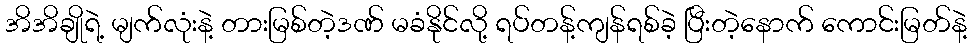
အိအိချိုရဲ့ မျက်လုံးနဲ့ တားမြစ်တဲ့ဒဏ် မခံနိုင်လို့ ရပ်တန့်ကျန်ရစ်ခဲ့ ပြီးတဲ့နောက် ကောင်းမြတ်နဲ့